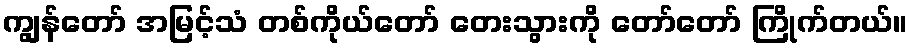
ကျွန်တော် အမြင့်သံ တစ်ကိုယ်တော် တေးသွားကို တော်တော် ကြိုက်တယ်။